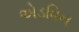
એડવિન